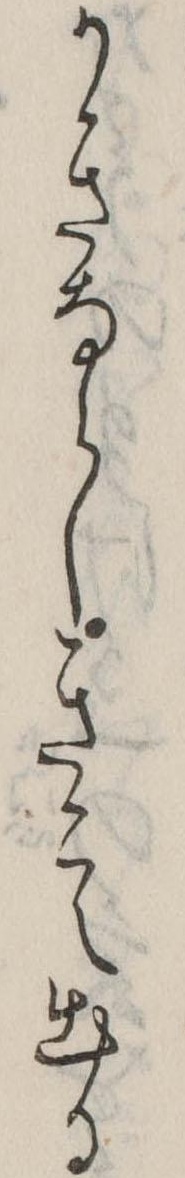
かきならしきこえ出る